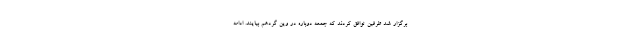
برگزار شد طرفین توافق کردند که جمعه دوباره در وین گردهم بیایند. ادامه